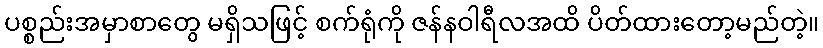
ပစ္စည်းအမှာစာတွေ မရှိသဖြင့် စက်ရုံကို ဇန်နဝါရီလအထိ ပိတ်ထားတော့မည်တဲ့။